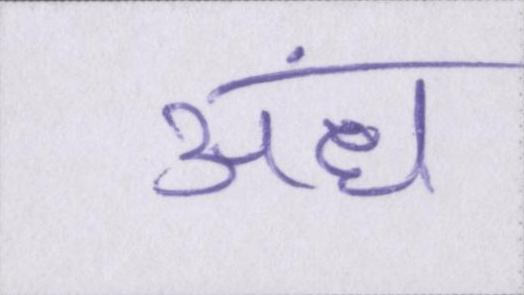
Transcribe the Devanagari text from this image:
अंध